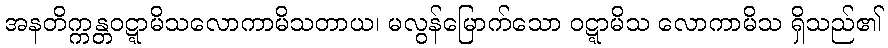
အနတိက္ကန္တဝဋ္ဋာမိသလောကာမိသတာယ၊ မလွန်မြောက်သော ဝဋ္ဋာမိသ လောကာမိသ ရှိသည်၏